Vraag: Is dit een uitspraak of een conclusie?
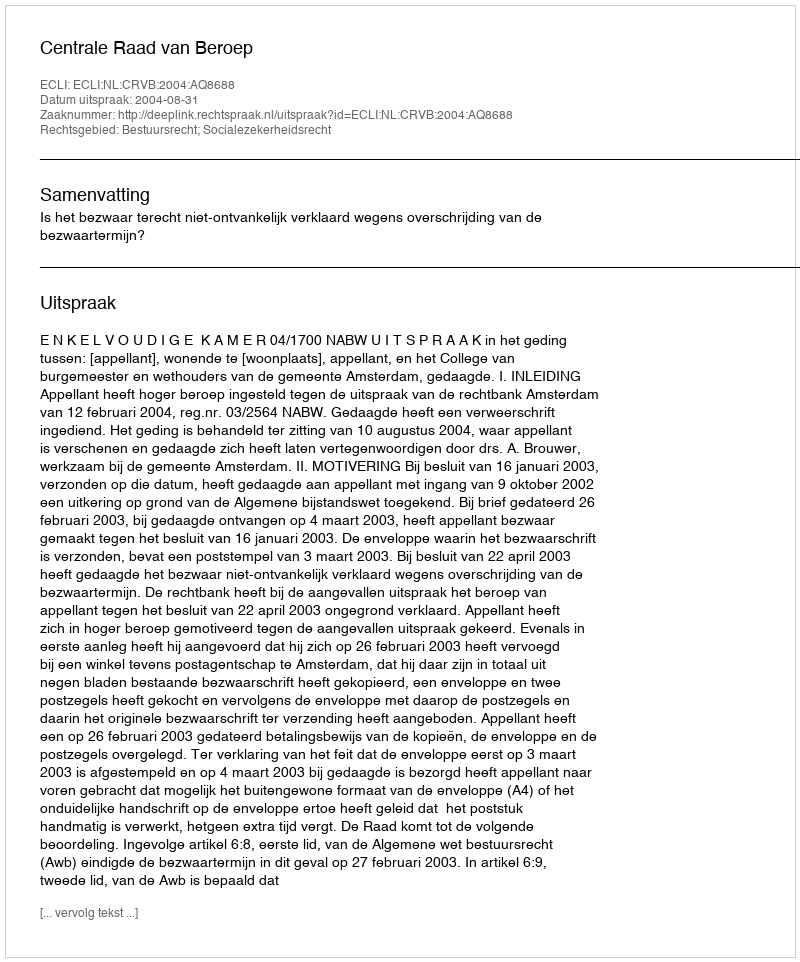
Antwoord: Uitspraak